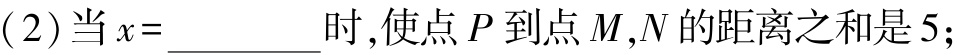
(2)当\(x = \_\_\_\_\_\)时，使点\(P\)到点\(M,N\)的距离之和是\(5\)；